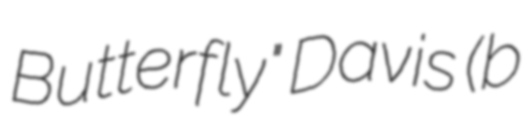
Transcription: Butterfly" Davis (b